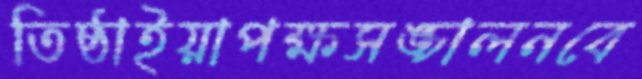
তিষ্ঠাইয়াপক্ষসঙ্চালনবে